Cholera in southern India
Disease focus: Cholera
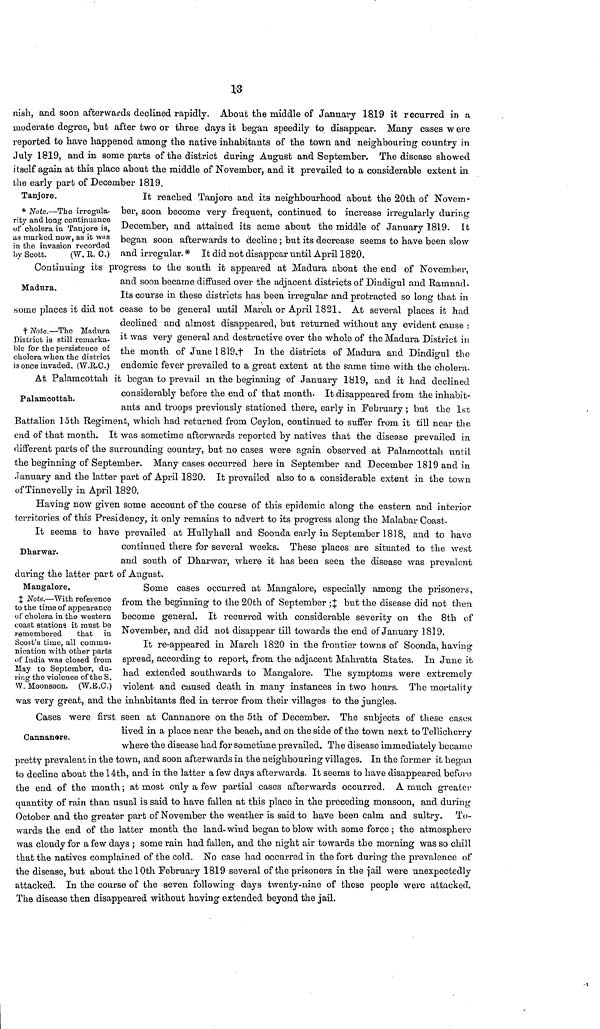
13
nish, and soon afterwards declined rapidly. About the middle of January 1819 it recurred in a
moderate degree, but after two or three days it began speedily to disappear. Many cases w ere
reported to have happened among the native inhabitants of the town and neighbouring country in
July 1819, and in some parts of the district during August and September. The disease showed
itself again at this place about the middle of November, and it prevailed to a considerable extent in
the early part of December 1819.
Tanjore.
* Note.—The irregula-
rity and long continuance
of cholera in Tanjore is,
as marked now, as it was
in the invasion recorded
by Scott.
(W. E. C.)
It reached Tanjore and its neighbourhood about the 20th of Novem-
ber, soon become very frequent, continued to increase irregularly during
December, and attained its acme about the middle of January 1819. It
began soon afterwards to decline ; but its decrease seems to have been slow
and irregular. * It did not disappear until April 1820.
Madura.
Continuing its progress to the south it appeared at Madura about the end of November,
and soon became diffused over the adjacent districts of Dindigul and Ramnad-
Its course in these districts has been irregular and protracted so long that in
some places it did not cease to be general until March or April 1821. At several places it had
declined and almost disappeared, but returned without any evident cause :
it was very general and destructive over the whole of the Madura District in
the month of June 1819.† In the districts of Madura and Dindis'ul the
endemic fever prevailed to a great extent at the same time with the cholera.
† Note.—The Madura
District is still remarka-
ble for the persisteuce of
cholera when the district
is once invaded. (W.R.C.)
Palamcottah.
At Palamcottah it began to prevail in the beginning of January 1819, and it had declined
considerably before the end of that month. It disappeared from the inhabit-
ants and troops previously stationed there, early in February ; but the 1st
Battalion 15th Regiment, which had returned from Ceylon, continued to suffer from it till near the
end of that month. It was sometime afterwards reported by natives that the disease prevailed in
different parts of the surrounding country, but no cases were again observed at Palamcottah until
the beginning of September. Many cases occurred here in September and December 1819 and in
January and the latter part of April 1820. It prevailed also to a considerable extent in the town
of Tinnevelly in April 1820.
Having now given some account of the course of this epidemic along the eastern and interior
territories of this Presidency, it only remains to advert to its progress along the Malabar Coast.
Dharwar.
It seems to have prevailed at Hullyhall and Soonda early in September 1818, and to have
continued there for several weeks. These places are situated to the west
and south of Dharwar, where it has been seen the disease was prevalent
during the latter part of August.
Mangalore.
‡ Note.—With reference
to the time of appearance
of cholera in the western
coast stations it must be
remembered
that in
Scott's time, all commu-
nication with other parts
of India was closed from
May to September, du-
ring the violence of the S.
W. Moonsoon. (W.R.C.)
Some cases occurred at Mangalore, especially among the prisoners,
from the beginning to the 20th of September ; ‡ but the disease did not then
become general. It recurred with considerable severity 011 the 8th of
November, and did not disappear till towards the end of January 1819.
It re-appeared in March 1820 in the frontier towns of Soonda, having
spread, according to report, from the adjacent Mahratta States. In June it
had extended southwards to Mangalore. The symptoms were extremely
violent and caused death in many instances in two hours. The mortality
was very great, and the inhabitants fled in terror from their villages to the jungles.
Cannanore.
Cases were first seen at Cannanore on the 5th of December. The subjects of these cases
lived in a place near the beach, and on the side of the town next to Tellicherry
where the disease had for sometime prevailed. The disease immediately became
pretty prevalent in the town, and soon afterwards in the neighbouring villages. In the former it began
to decline about the 14th, and in the latter a few days afterwards. It seems to have disappeared before
the end of the month ; at most only a few partial cases afterwards occurred. A much greater
quantity of rain than usual is said to have fallen at this place in the preceding monsoon, and during
October and the greater part of November the weather is said to have been calm and sultry. To-
wards the end of the latter month the land-wind began to blow with some force ; the atmosphere
was cloudy for a few days ; some rain had fallen, and the night air towards the morning was so chill
that the natives complained of the cold. No case had occurred in the fort during the prevalence of
the disease, but about the 10th February 1819 several of the prisoners in the jail were unexpectedly
attacked. In the course of the seven following days twenty-nine of these people were attacked.
The disease then disappeared without having extended beyond the jail.